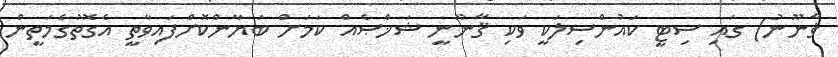
ޤާނޫނު) ގައި ސިޓީ ކައުންސިލަކީ ވަކި ޤާނޫނީ ޝަޚްޞެއް ކަމަށް ބަޔާންކޮށްފައިވާތީ އެގޮތުގެމަތީން